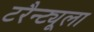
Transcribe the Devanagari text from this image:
टरैन्ट्यूला